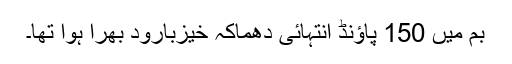
بم میں 150 پاؤنڈ انتہائی دھماکہ خیزبارود بھرا ہوا تھا۔